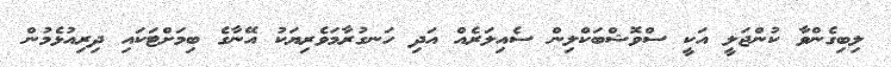
ލިބިގެންވާ ކުންޖަލީ އަކީ ސްވޮޝްބަކްލިން ސެއިލަރެއް އަދި ހަނގުރާމަވެރިޔަކު އޭނާގެ ބިމަށްޓަކައި ދިރިއުޅެމުން